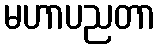
မဟာပညတာ